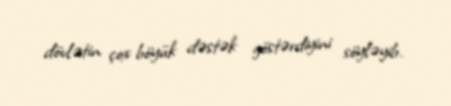
dövlətin çox böyük dəstək göstərdiyini söyləyib.